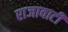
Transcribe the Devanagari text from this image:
राजावाटी